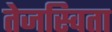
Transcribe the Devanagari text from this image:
तेजस्‍विता